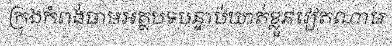
ក្រុងកំពង់ចាមអត្ថបទបន្ទាប់ឃាត់ខ្លួនវៀតណាម